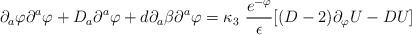
LaTeX: \begin{align*}\partial_a \varphi \partial^a \varphi + D_a \partial^a \varphi + d\partial_a \beta \partial^a \varphi= \kappa_3 \,\, \frac{e^{- \varphi}}\epsilon [ (D -2) \partial_\varphi U- D U] \end{align*}